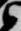
衛